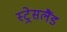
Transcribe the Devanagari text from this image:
स्ट्रेसलैंड